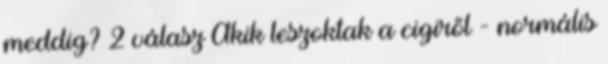
meddig? 2 válasz Akik leszoktak a cigiről - normális